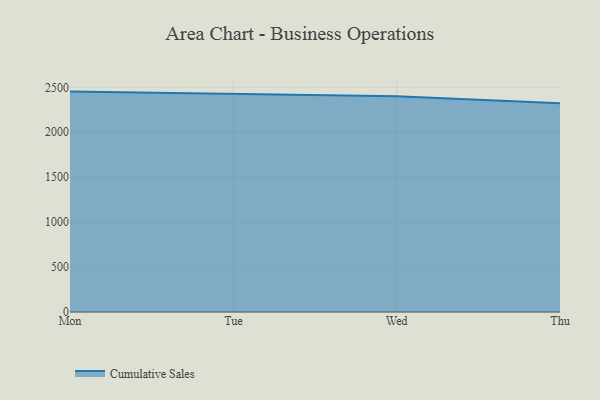
{"axis": {"x": "Day", "y": "Inventory Turnover"}, "legend": ["Cumulative Sales"], "data": [{"x": "Mon", "y": 2452.7, "type": "Cumulative Sales"}, {"x": "Tue", "y": 2428.8, "type": "Cumulative Sales"}, {"x": "Wed", "y": 2402.2, "type": "Cumulative Sales"}, {"x": "Thu", "y": 2323.2, "type": "Cumulative Sales"}]}